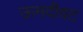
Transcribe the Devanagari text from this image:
ऊमदीवट